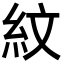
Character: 紋